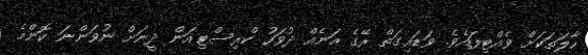
ހާލަތަކަށް ވެއްޓިފައެވެ. ވަޑައިގަތް ރޭގެ އަނެއް ދުވަހު ކްރިސްޓިއަން ދީނަށް ނުވަންނަ ކޮންމެ